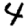
Digit: 4